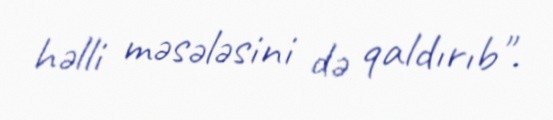
həlli məsələsini də qaldırıb".